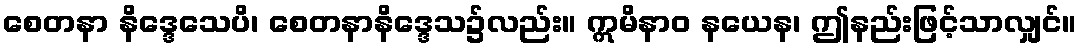
စေတနာ နိဒ္ဒေသေပိ၊ စေတနာနိဒ္ဒေသ၌လည်း။ ဣမိနာဝ နယေန၊ ဤနည်းဖြင့်သာလျှင်။